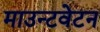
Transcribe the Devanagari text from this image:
माउन्टवेटन